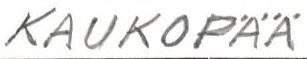
KAUKOPÄÄ